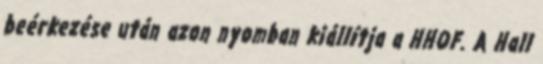
beérkezése után azon nyomban kiállítja a HHOF. A Hall